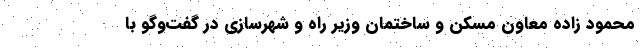
محمود زاده معاون مسکن و ساختمان وزیر راه و شهرسازی در گفت‌وگو با